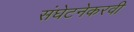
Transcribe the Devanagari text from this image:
संघेटनेकरवी